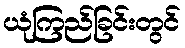
ယုံကြည်ခြင်းတွင်